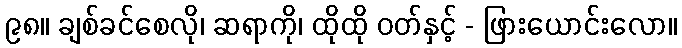
၉၈။ ချစ်ခင်စေလို၊ ဆရာကို၊ ထိုထို ဝတ်နှင့် - ဖြားယောင်းလော။